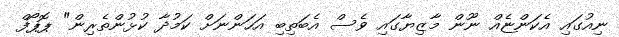
ނިއުގައި އެކަންޏެއް ނޫން މާޒިޔާގައި ވެސް އެބަތިބި އަހަންނަށް ކަމުދާ ކުޅުންތެރިން" ޕޮޕޯފް